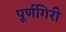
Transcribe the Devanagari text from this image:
पूर्णगिरी